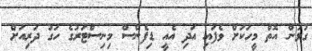
ގުޅުން އޮތް މީހަކަށް ވެފައި އަދި އެއީ ޑިފެންސް މިނިސްޓަރުގެ ހަގު ދަރިއަށް